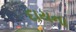
દાયના